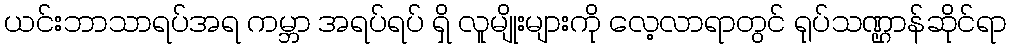
ယင်းဘာသာရပ်အရ ကမ္ဘာ အရပ်ရပ် ရှိ လူမျိုးများကို လေ့လာရာတွင် ရုပ်သဏ္ဌာန်ဆိုင်ရာ